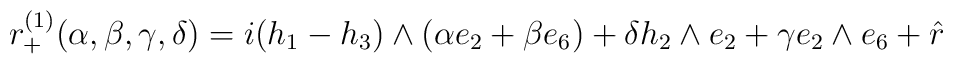
r_{+}^{(1)}(\alpha, \beta, \gamma, \delta)=i(h_{1}-h_{3})\wedge(\alpha e_{2}+\beta e_{6})+ \delta h_{2}\wedge e_{2}+\gammae_{2}\wedge e_{6}+\hat{r}